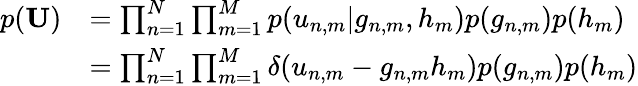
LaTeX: \begin{array}{rl}{p({\mathbf U})}&{=\prod_{n=1}^{N}\prod_{m=1}^{M}p(u_{n,m}|g_{n,m},h_{m})p(g_{n,m})p(h_{m})}\\ &{=\prod_{n=1}^{N}\prod_{m=1}^{M}\delta(u_{n,m}-g_{n,m}h_{m})p(g_{n,m})p(h_{m})}\end{array}